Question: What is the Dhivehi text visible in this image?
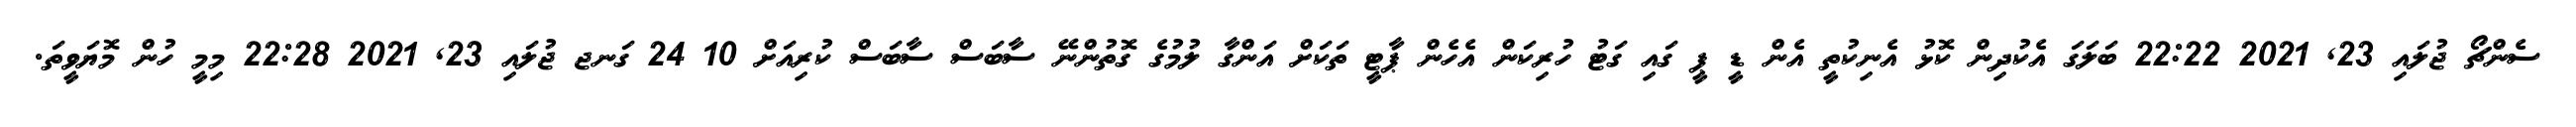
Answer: ސެންޗޯ ޖުލައި 23, 2021 22:22 ބަލަގަ އެކުދިން ކޮޅު އެނިކުތީ އެން ޑީ ޕީ ގައި ގަޓު ހުރިކަން އެހެން ޕާޓީ ތަކަށް އަންގާ ލުމުގެ ގޮތުންނޭ ސާބަސް ސާބަސް ކުރިއަށް 10 24 ގަނޖ ޖުލައި 23, 2021 22:28 މިމީ ހުން މޮޔަވީތަ.